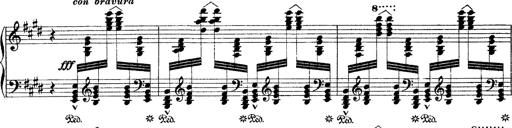
Title: Ã‰tudes d'exÃ©cution transcendante d'aprÃ¨s Paganini
Composer: Franz Liszt